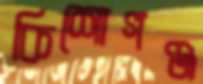
কিশোগঞ্জ